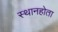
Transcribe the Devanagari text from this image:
स्थानहोता